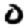
Digit: 0